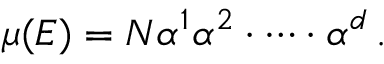
\mu ( E ) = N \alpha ^ { 1 } \alpha ^ { 2 } \cdot \dots \cdot \alpha ^ { d } \, .